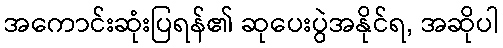
အကောင်းဆုံးပြရန်၏ ဆုပေးပွဲအနိုင်ရ, အဆိုပါ